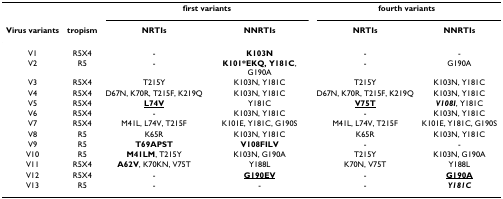
<table><thead><tr><td></td><td></td><td colspan="2"><b>first variants</b></td><td colspan="2"><b>fourth variants</b></td></tr><tr><td><b>Virus variants</b></td><td><b>tropism</b></td><td><b>NRTIs</b></td><td><b>NNRTIs</b></td><td><b>NRTIs</b></td><td><b>NNRTIs</b></td></tr></thead><tbody><tr><td>V1</td><td>R5X4</td><td>-</td><td><b>K103N</b></td><td>-</td><td>-</td></tr><tr><td>V2</td><td>R5</td><td>-</td><td><b>K101*EKQ, Y181C</b>, G190A</td><td>-</td><td>G190A</td></tr><tr><td>V3</td><td>R5X4</td><td>T215Y</td><td>K103N, Y181C</td><td>T215Y</td><td>K103N, Y181C</td></tr><tr><td>V4</td><td>R5X4</td><td>D67N, K70R, T215F, K219Q</td><td>K103N, Y181C</td><td>D67N, K70R, T215F, K219Q</td><td>K103N, Y181C</td></tr><tr><td>V5</td><td>R5X4</td><td><b><underline>L74V</underline></b></td><td>Y181C</td><td><b><underline>V75T</underline></b></td><td><b><i>V108I</i></b>, Y181C</td></tr><tr><td>V6</td><td>R5X4</td><td>-</td><td>K103N, Y181C</td><td>-</td><td>K103N, Y181C</td></tr><tr><td>V7</td><td>R5X4</td><td>M41L, L74V, T215F</td><td>K101E, Y181C, G190S</td><td>M41L, L74V, T215F</td><td>K101E, Y181C, G190S</td></tr><tr><td>V8</td><td>R5</td><td>K65R</td><td>K103N, Y181C</td><td>K65R</td><td>K103N, Y181C</td></tr><tr><td>V9</td><td>R5</td><td><b>T69APST</b></td><td><b>V108FILV</b></td><td>-</td><td>-</td></tr><tr><td>V10</td><td>R5</td><td><b>M41LM</b>, T215Y</td><td>K103N, G190A</td><td>T215Y</td><td>K103N, G190A</td></tr><tr><td>V11</td><td>R5X4</td><td><b>A62V</b>, K70KN, V75T</td><td>Y188L</td><td>K70N, V75T</td><td>Y188L</td></tr><tr><td>V12</td><td>R5X4</td><td>-</td><td><b><underline>G190EV</underline></b></td><td>-</td><td><b><underline>G190A</underline></b></td></tr><tr><td>V13</td><td>R5</td><td>-</td><td>-</td><td>-</td><td><b><i>Y181C</i></b></td></tr></tbody></table>